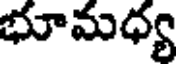
భూమధ్య